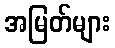
အမြတ်များ